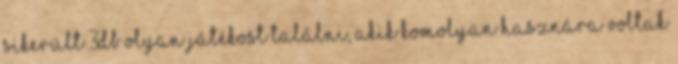
sikerült 3db olyan játékost találni, akik komolyan hasznára voltak